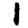
Digit: 1